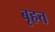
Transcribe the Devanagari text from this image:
बृहत्त